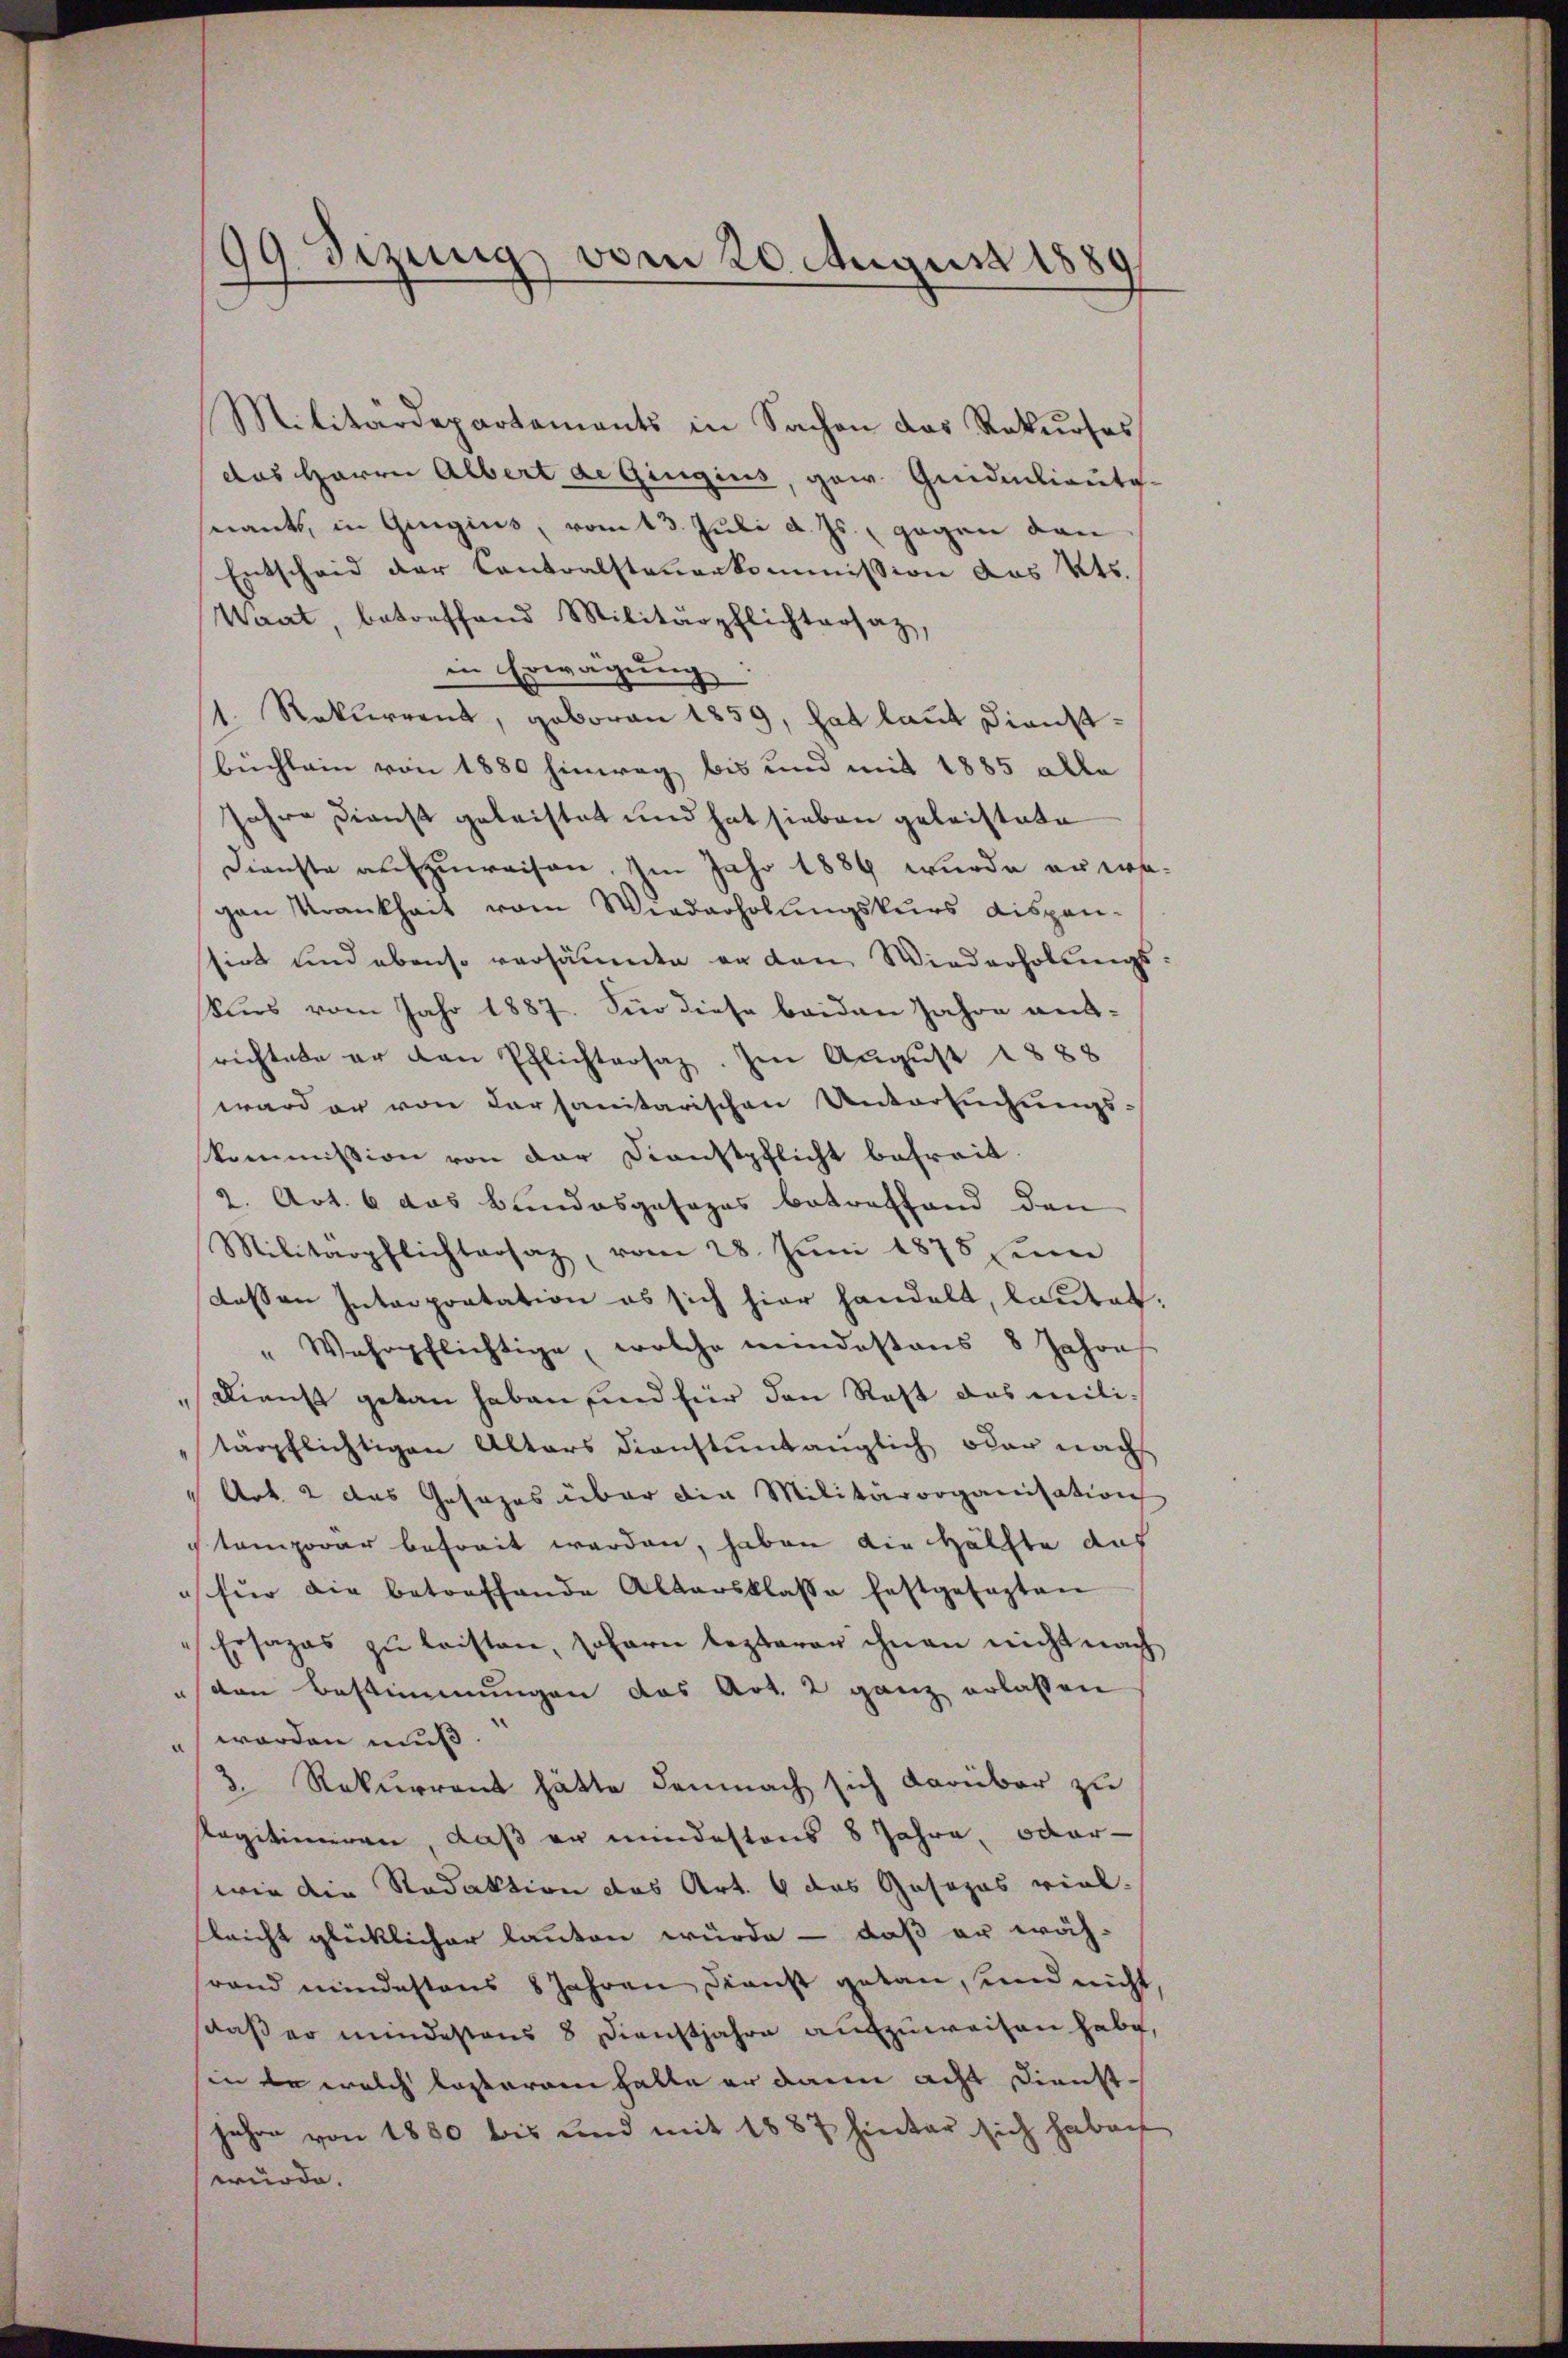
Militärdepartaments in Sachen das Rekurses
das Herrn Albert de Gingins, gei Quidenliauto-
snants, in Gingius, vom 13. Juli d. Js. gegen den
Entscheid der Contralsteuerkommission des Kts.
Waat, betreffend Militärpflichtersatz,
in Erwägung
1. Rekurrent, geboren 1859, hat laut Dienstbüchlein von 1880 hinweg bis und mit 1885 alle
Jahre Dienst geleistet und hat sieben geleistete
Dienste aufzuweisen. Im Jahr 1889 wurde erwagen Krankheit vom Wiederholungskurs dispen-
sirt und ebenso versäumte er den Wiederholungs
kurs vom Jahr 1887. Für diese beiden Jahre ant-
rechtete er den Pflichtersatz. Im August 1888
ward er von dersanitarischen Untersuchungs-
skommission von der Dienstpflicht befreit.
2. Art. 6 das Bundesgesages betreffend den
Militärpflichtaosaz, vom 28. Jŭni 1878 zum
dessen Interpretation es sich hier handelt, lautet.
" Wehrpflichtige, welche meindestens 8 Jahre
Dienst getan haben sind für den Rest das militärpflichtigen Altars dienstuntauglich oder nach
" Art. 2 das Gesages über die Militärorganisation
temporär befreit werden, haben die Hälfte das
für die betreffende Altersklasse festgesagten
Ersages zŭ leisten, sofern lezterer ihnen nicht nach
sten Bestimmungen das Art. 2 ganz erlassen
" worden muß.
3. Rekurrent hätte demnach sich darüber zu
Ragitimiren, daß er mindestons 8 Jahre, oder-
wie die Redaktion das Art. 6 das Gesezes viel.
leicht glücklicher lauten würde - daß er wäh-
rand mindestens 8 Jahren Dienst getan, und nicht,
daß er mindestens 8 Dienstjahre aufzuweisen habe,
sin da welch lasteram halte er dann acht Dienstjahre von 1860 bis und mit 1887 hinter sich haben
würde.

99. Sizung vom 20. August 1880